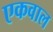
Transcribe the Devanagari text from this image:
एकवाल